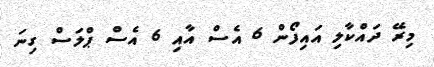
މިރޭ ދައްކާލި އައިފޯން 6 އެސް އާއި 6 އެސް ޕްލަސް ގިނަ